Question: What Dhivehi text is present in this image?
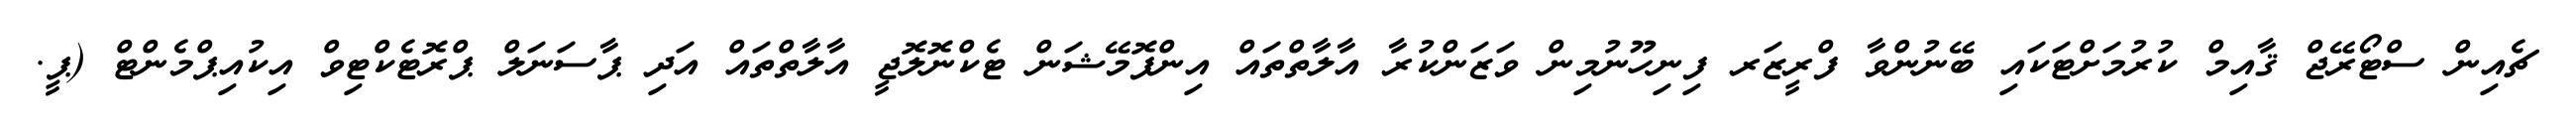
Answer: ޗެއިން ސްޓޯރޭޖް ޤާއިމް ކުރުމަށްޓަކައި ބޭނުންވާ ފްރީޒަރ ފިނިހޫނުމިން ވަޒަންކުރާ އާލާތްތައް އިންފޮމޭޝަން ޓެކްނޮލޮޖީ އާލާތްތައް އަދި ޕާސަނަލް ޕްރޮޓެކްޓިވް އިކުއިޕްމެންޓް (ޕީ.